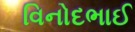
વિનોદભાઈ